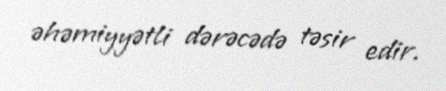
əhəmiyyətli dərəcədə təsir edir.